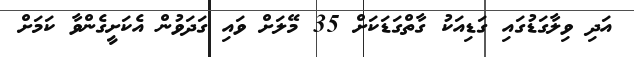
އަދި ވިލާގަޑުގައިި ގަޑިއަކު ގާތްގަޑަކަށް 35 މޭލަށް ވައި ގަދަވުން އެކަށީގެންވާ ކަމަށް